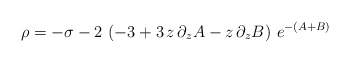
\begin{align*}\rho = -\sigma - 2\,\left( -3 + 3\,z \,\partial_{z} A - z \, \partial_{z} B \right) \, e^{- ( A + B )}\end{align*}